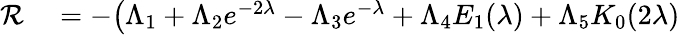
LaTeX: \begin{array}{rl}{\mathcal{R}}&{{}=-\big(\Lambda_{1}+\Lambda_{2}e^{-2\lambda}-\Lambda_{3}e^{-\lambda}+\Lambda_{4}E_{1}(\lambda)+\Lambda_{5}K_{0}(2\lambda)}\end{array}